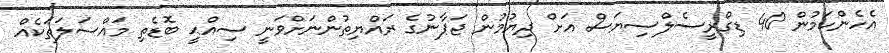
އެހެންކަމުން 40 ޑިގްރީސެލްސިޔަސް އަށް ދިޔުމުން ޖަޕާނުގެ ރައްޔިތުންނަށްވަނީ ސިއްޙީ ބޮޑެތި މައްސަލަތަކެއް